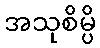
အသုစိမ္ပိ